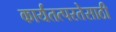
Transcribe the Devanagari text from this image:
कार्यतत्परतेसाठी